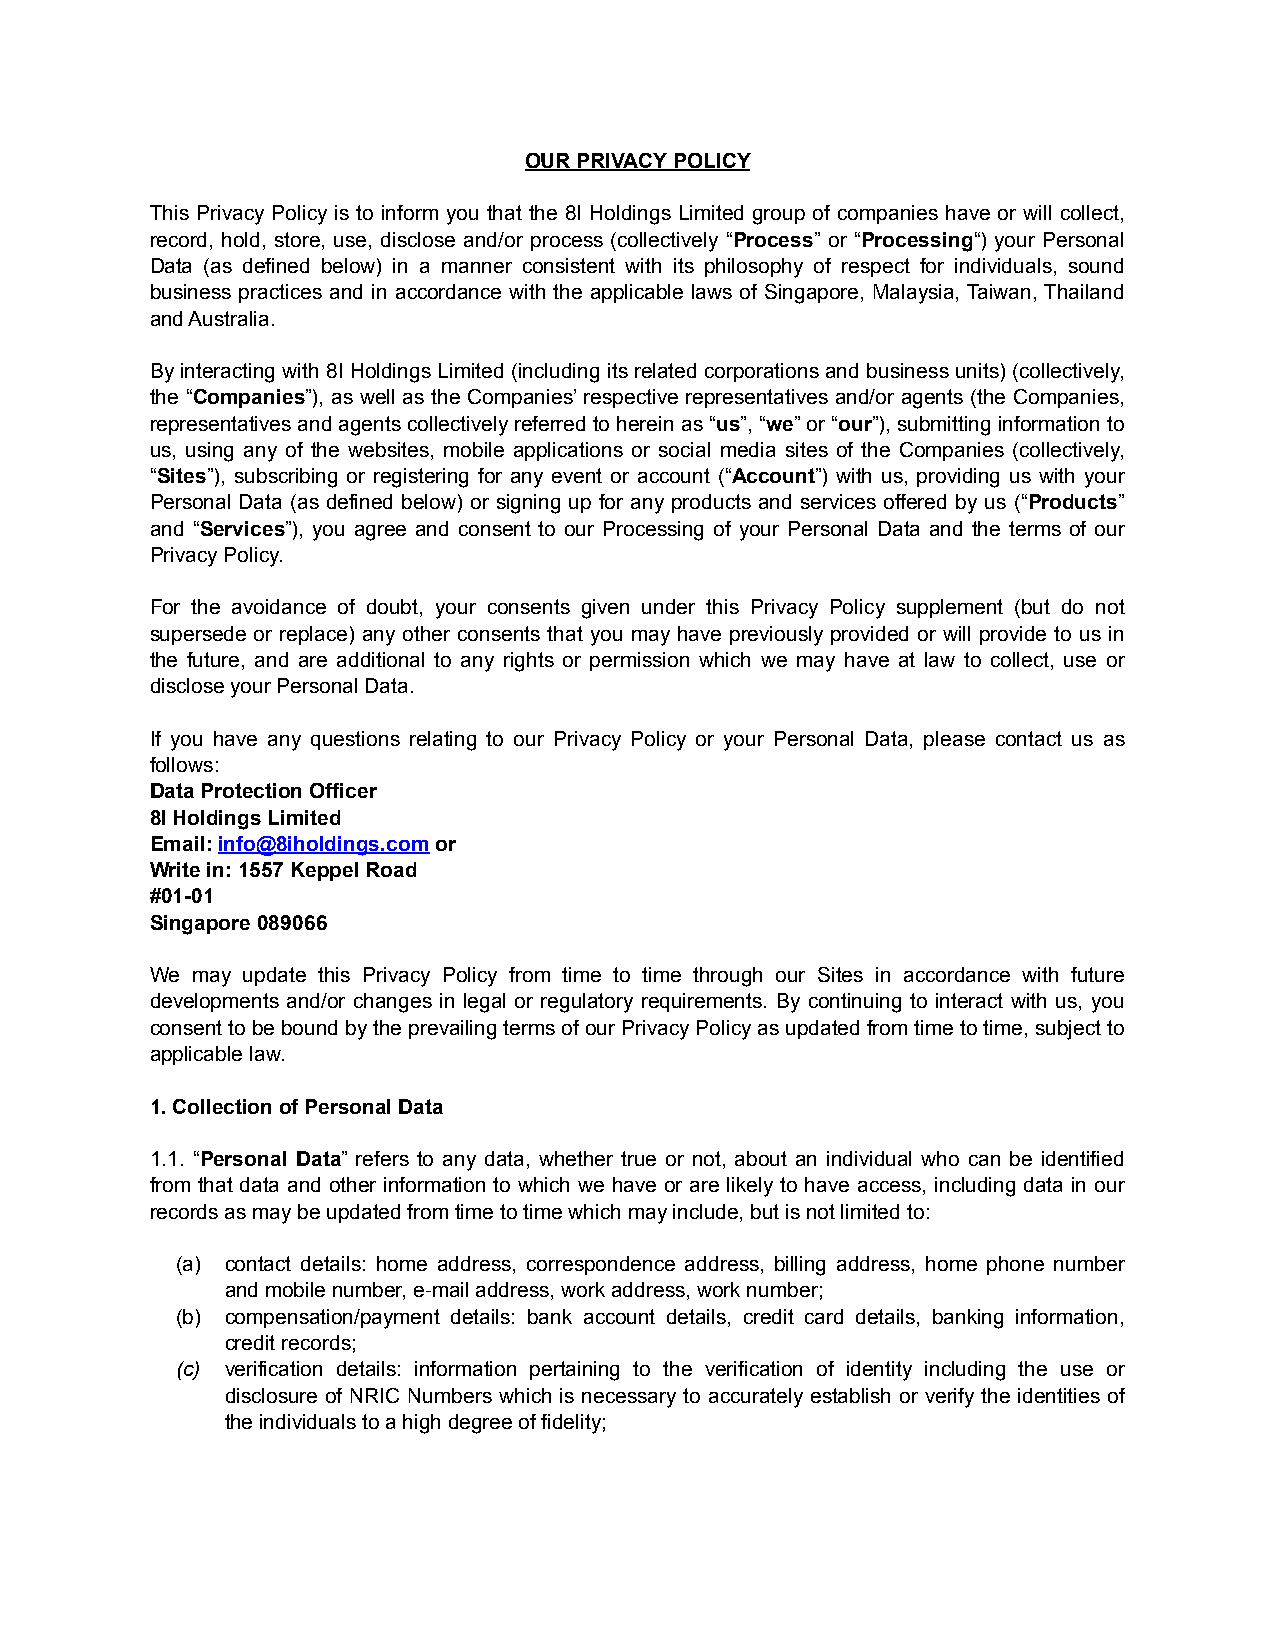
OUR PRIVACY POLICY
 This Privacy Policy is to inform you that the 8I Holdings Limited group of companies have or will collect,
 record, hold, store, use, disclose and/or process (collectively “Process” or “Processing“) your Personal
 Data (as defined below) in a manner consistent with its philosophy of respect for individuals, sound
 business practices and in accordance with the applicable laws of Singapore, Malaysia, Taiwan, Thailand
 and Australia.
 By interacting with 8I Holdings Limited (including its related corporations and business units) (collectively,
 the “Companies”), as well as the Companies’ respective representatives and/or agents (the Companies,
 representatives and agents collectively referred to herein as “us”, “we” or “our”), submitting information to
 us, using any of the websites, mobile applications or social media sites of the Companies (collectively,
 “Sites”), subscribing or registering for any event or account (“Account”) with us, providing us with your
 Personal Data (as defined below) or signing up for any products and services offered by us (“Products”
 and “Services”), you agree and consent to our Processing of your Personal Data and the terms of our
 Privacy Policy.
 For the avoidance of doubt, your consents given under this Privacy Policy supplement (but do not
 supersede or replace) any other consents that you may have previously provided or will provide to us in
 the future, and are additional to any rights or permission which we may have at law to collect, use or
 disclose your Personal Data.
 If you have any questions relating to our Privacy Policy or your Personal Data, please contact us as
 follows:
 Data Protection Officer
 8I Holdings Limited
 Email: info@8iholdings.com or
 Write in: 1557 Keppel Road
 #01-01
 Singapore 089066
 We may update this Privacy Policy from time to time through our Sites in accordance with future
 developments and/or changes in legal or regulatory requirements. By continuing to interact with us, you
 consent to be bound by the prevailing terms of our Privacy Policy as updated from time to time, subject to
 applicable law.
 1. Collection of Personal Data
 1.1. “Personal Data” refers to any data, whether true or not, about an individual who can be identified
 from that data and other information to which we have or are likely to have access, including data in our
 records as may be updated from time to time which may include, but is not limited to:
 (a) contact details: home address, correspondence address, billing address, home phone number
 and mobile number, e-mail address, work address, work number;
 (b) compensation/payment details: bank account details, credit card details, banking information,
 credit records;
 (c) verification details: information pertaining to the verification of identity including the use or
 disclosure of NRIC Numbers which is necessary to accurately establish or verify the identities of
 the individuals to a high degree of fidelity;